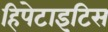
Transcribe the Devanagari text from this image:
हिपेटाइटिस